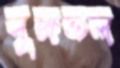
বৃক্ষতল